Scottish Certificate of Education, 1963
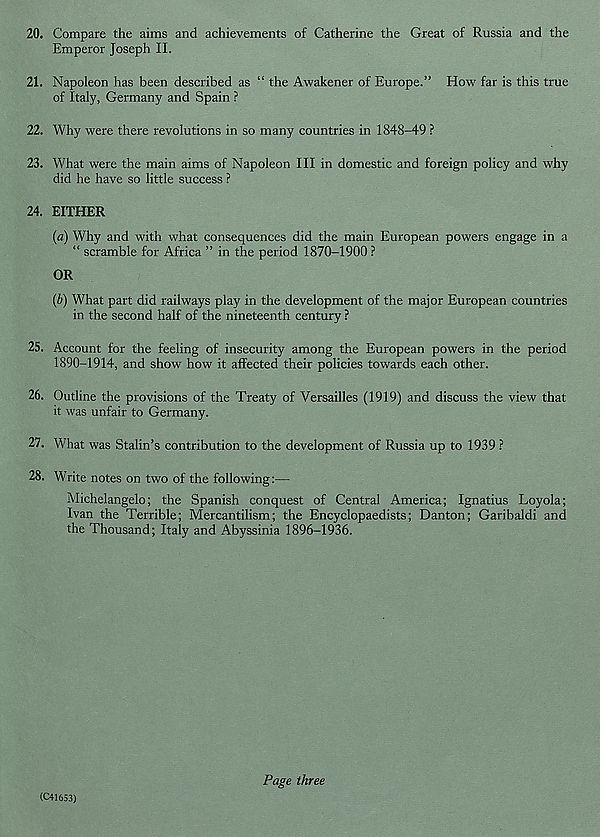
20. Compare the aims and achievements of Catherine the Great of Russia and the
Emperor Joseph II.
21. Napoleon has been described as “ the Awakener of Europe.” How far is this true
of Italy, Germany and Spain ?
22. Why were there revolutions in so many countries in 1848-49 ?
23. What were the main aims of Napoleon III in domestic and foreign policy and why
did he have so little success ?
24. EITHER
(a) Why and with what consequences did the main European powers engage in a
“ scramble for Africa ” in the period 1870-1900 ?
OR
(b) What part did railways play in the development of the major European countries
in the second half of the nineteenth century ?
25. Account for the feeling of insecurity among the European powers in the period
1890-1914, and show how it affected their policies towards each other.
26. Outline the provisions of the Treaty of Versailles (1919) and discuss the view that
it was unfair to Germany.
27. What was Stalin’s contribution to the development of Russia up to 1939 ?
28. Write notes on two of the following:—
Michelangelo; the Spanish conquest of Central America; Ignatius Loyola;
Ivan the Terrible; Mercantilism; the Encyclopaedists; Danton; Garibaldi and
the Thousand; Italy and Abyssinia 1896-1936.
(C41653)
Page three